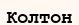
Колтон